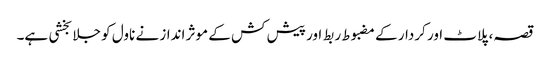
قصہ، پلاٹ اور کردار کے مضبوط ربط اور پیش کش کے موثر انداز نے ناول کو جلا بخشی ہے۔